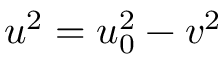
u ^ { 2 } = u _ { 0 } ^ { 2 } - v ^ { 2 }